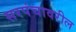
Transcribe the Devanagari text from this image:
सरपंचावरील